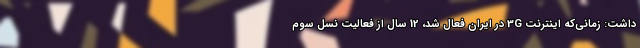
داشت: زمانی‌که اینترنت 3G در ایران فعال شد، 12 سال از فعالیت نسل سوم